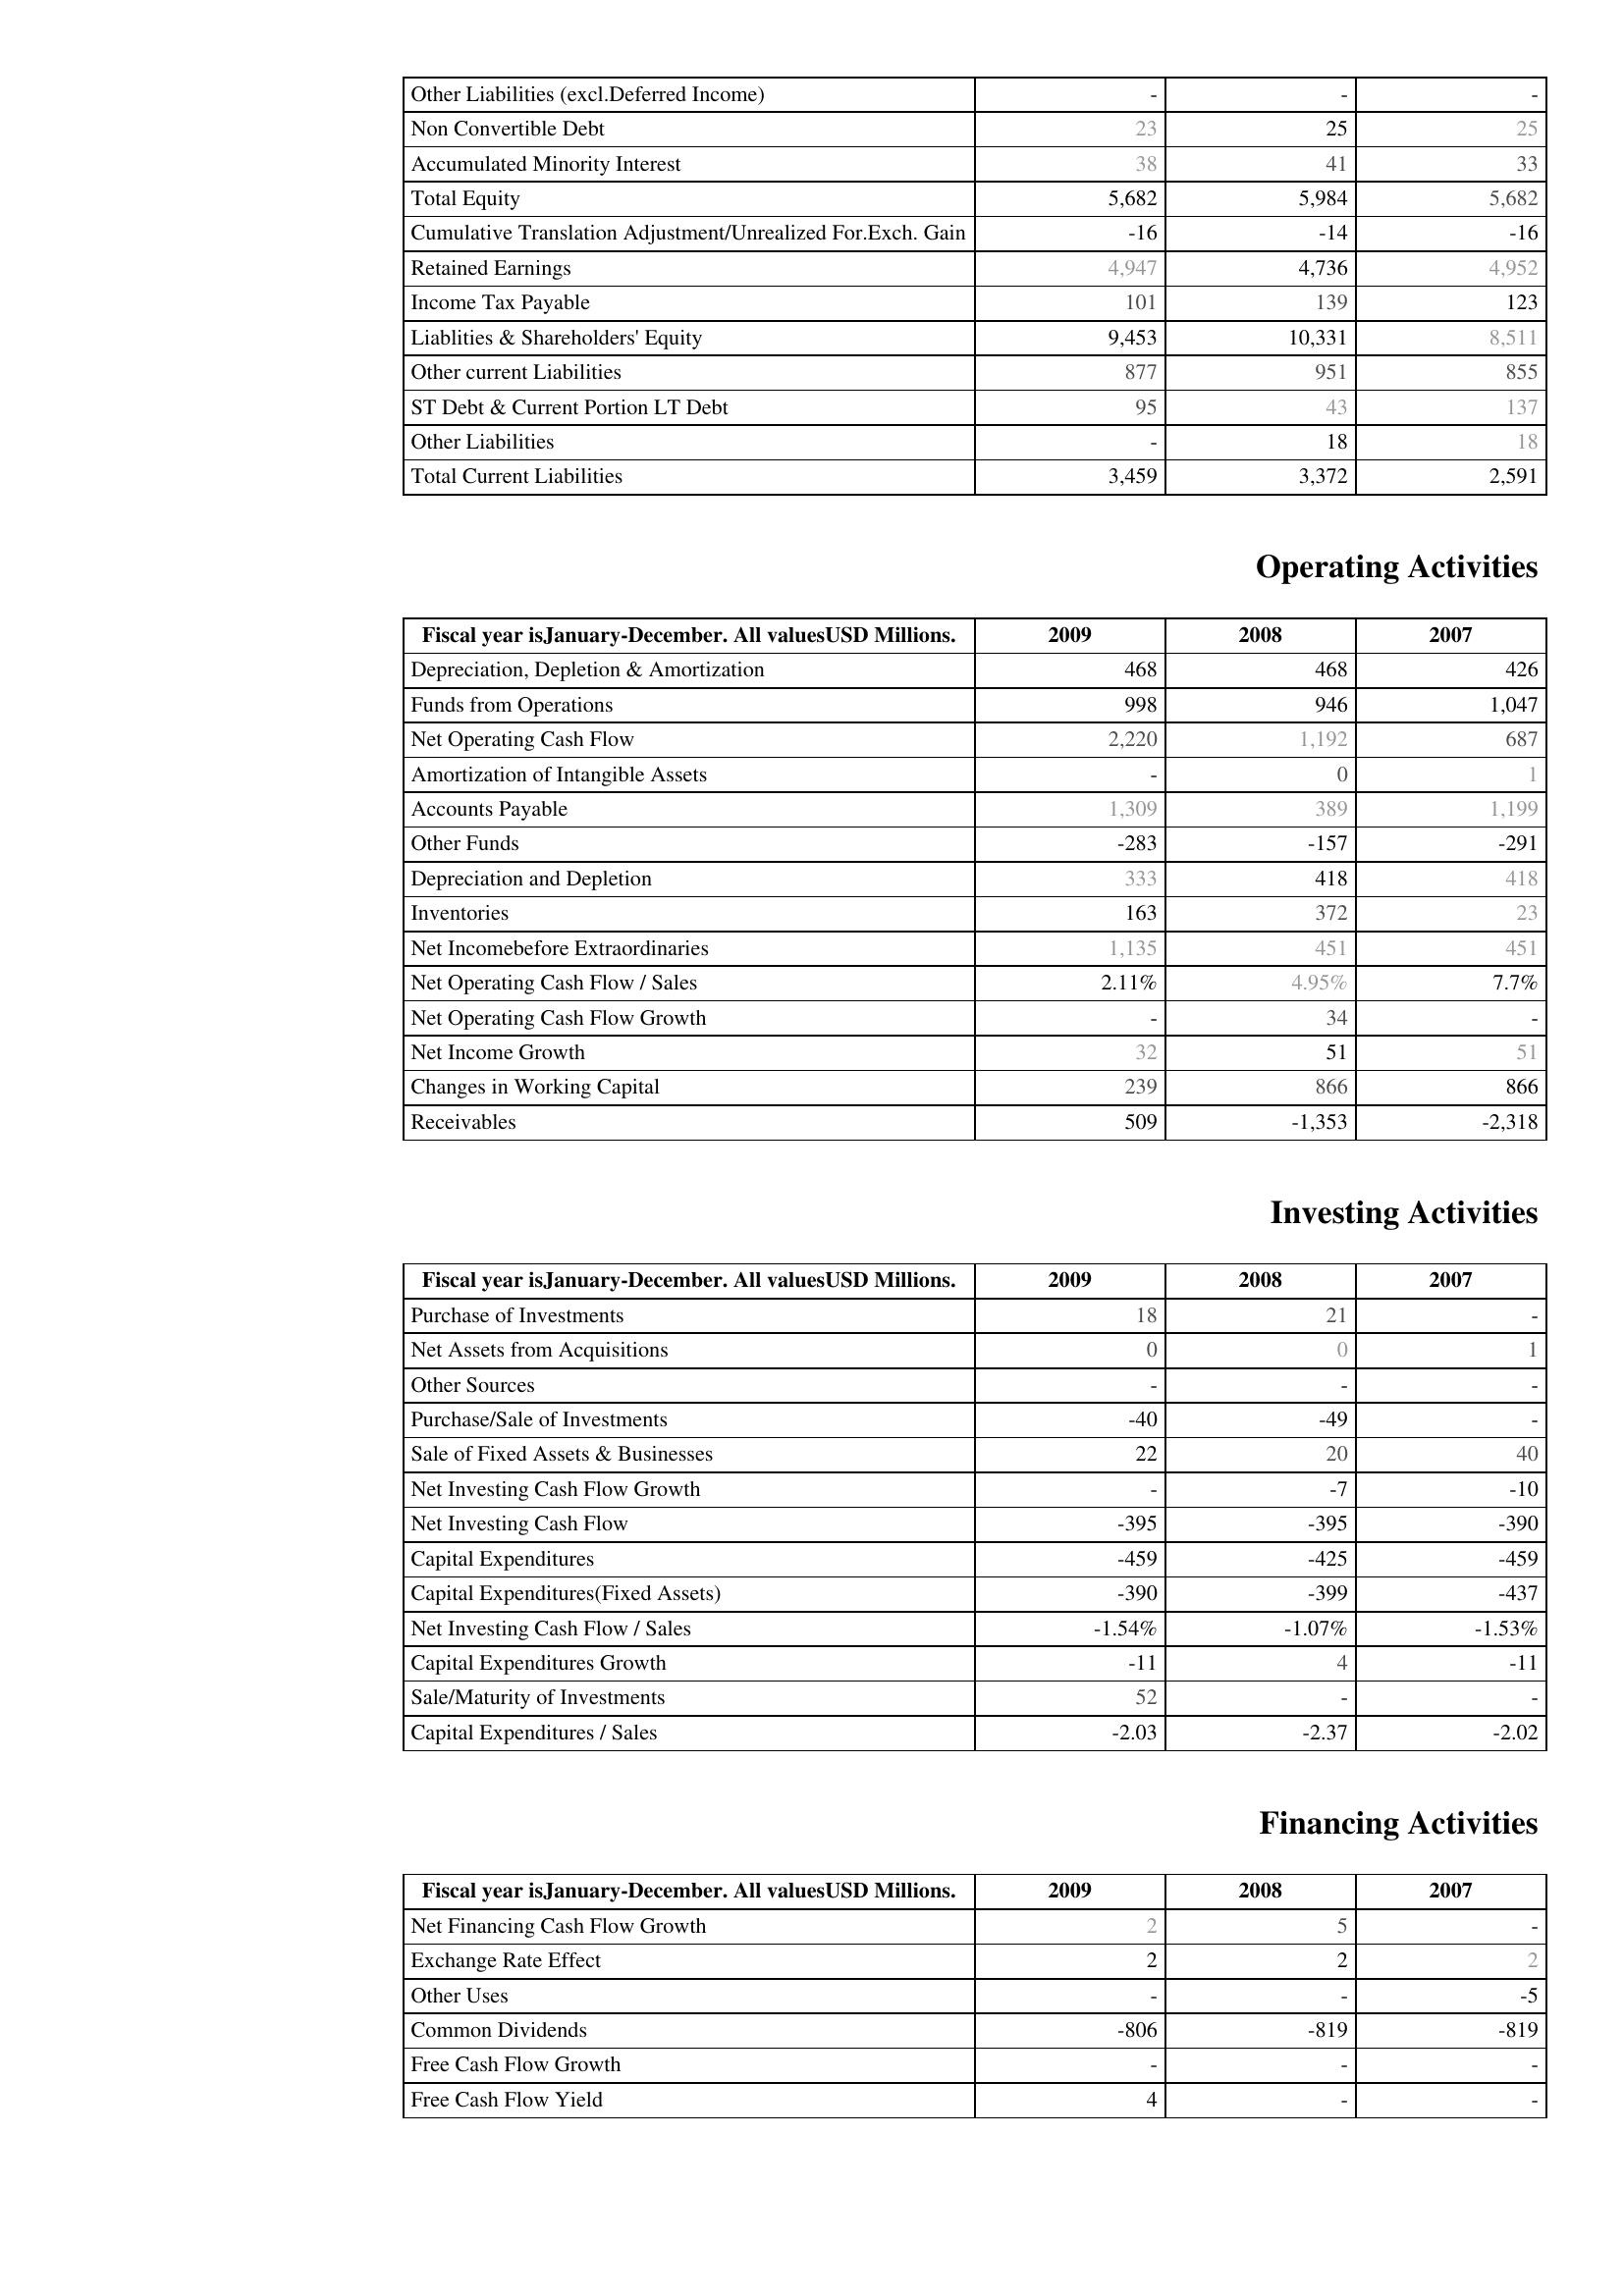
2009: Liabilities & Shareholder's Equity: Other Liabilities (excl.Deferred Income): -
Non Convertible Debt: 23
Accumulated Minority Interest: 38
Total Equity: 5,682
Cumulative Translation Adjustment/Unrealized For.Exch. Gain: -16
Retained Earnings: 4,947
Income Tax Payable: 101
Liablities & Shareholders' Equity: 9,453
Other current Liabilities: 877
ST Debt & Current Portion LT Debt: 95
Other Liabilities: -
Total Current Liabilities: 3,459
Operating Activities: Depreciation, Depletion & Amortization: 468
Funds from Operations: 998
Net Operating Cash Flow: 2,220
Amortization of Intangible Assets: -
Accounts Payable: 1,309
Other Funds: -283
Depreciation and Depletion: 333
Inventories: 163
Net Incomebefore Extraordinaries: 1,135
Net Operating Cash Flow / Sales: 2.11%
Net Operating Cash Flow Growth: -
Net Income Growth: 32
Changes in Working Capital: 239
Receivables: 509
Investing Activities: Purchase of Investments: 18
Net Assets from Acquisitions: 0
Other Sources: -
Purchase/Sale of Investments: -40
Sale of Fixed Assets & Businesses: 22
Net Investing Cash Flow Growth: -
Net Investing Cash Flow: -395
Capital Expenditures: -459
Capital Expenditures(Fixed Assets): -390
Net Investing Cash Flow / Sales: -1.54%
Capital Expenditures Growth: -11
Sale/Maturity of Investments: 52
Capital Expenditures / Sales: -2.03
Financing Activities: Net Financing Cash Flow Growth: 2
Exchange Rate Effect: 2
Other Uses: -
Common Dividends: -806
Free Cash Flow Growth: -
Free Cash Flow Yield: 4
2008: Liabilities & Shareholder's Equity: Other Liabilities (excl.Deferred Income): -
Non Convertible Debt: 25
Accumulated Minority Interest: 41
Total Equity: 5,984
Cumulative Translation Adjustment/Unrealized For.Exch. Gain: -14
Retained Earnings: 4,736
Income Tax Payable: 139
Liablities & Shareholders' Equity: 10,331
Other current Liabilities: 951
ST Debt & Current Portion LT Debt: 43
Other Liabilities: 18
Total Current Liabilities: 3,372
Operating Activities: Depreciation, Depletion & Amortization: 468
Funds from Operations: 946
Net Operating Cash Flow: 1,192
Amortization of Intangible Assets: 0
Accounts Payable: 389
Other Funds: -157
Depreciation and Depletion: 418
Inventories: 372
Net Incomebefore Extraordinaries: 451
Net Operating Cash Flow / Sales: 4.95%
Net Operating Cash Flow Growth: 34
Net Income Growth: 51
Changes in Working Capital: 866
Receivables: -1,353
Investing Activities: Purchase of Investments: 21
Net Assets from Acquisitions: 0
Other Sources: -
Purchase/Sale of Investments: -49
Sale of Fixed Assets & Businesses: 20
Net Investing Cash Flow Growth: -7
Net Investing Cash Flow: -395
Capital Expenditures: -425
Capital Expenditures(Fixed Assets): -399
Net Investing Cash Flow / Sales: -1.07%
Capital Expenditures Growth: 4
Sale/Maturity of Investments: -
Capital Expenditures / Sales: -2.37
Financing Activities: Net Financing Cash Flow Growth: 5
Exchange Rate Effect: 2
Other Uses: -
Common Dividends: -819
Free Cash Flow Growth: -
Free Cash Flow Yield: -
2007: Liabilities & Shareholder's Equity: Other Liabilities (excl.Deferred Income): -
Non Convertible Debt: 25
Accumulated Minority Interest: 33
Total Equity: 5,682
Cumulative Translation Adjustment/Unrealized For.Exch. Gain: -16
Retained Earnings: 4,952
Income Tax Payable: 123
Liablities & Shareholders' Equity: 8,511
Other current Liabilities: 855
ST Debt & Current Portion LT Debt: 137
Other Liabilities: 18
Total Current Liabilities: 2,591
Operating Activities: Depreciation, Depletion & Amortization: 426
Funds from Operations: 1,047
Net Operating Cash Flow: 687
Amortization of Intangible Assets: 1
Accounts Payable: 1,199
Other Funds: -291
Depreciation and Depletion: 418
Inventories: 23
Net Incomebefore Extraordinaries: 451
Net Operating Cash Flow / Sales: 7.7%
Net Operating Cash Flow Growth: -
Net Income Growth: 51
Changes in Working Capital: 866
Receivables: -2,318
Investing Activities: Purchase of Investments: -
Net Assets from Acquisitions: 1
Other Sources: -
Purchase/Sale of Investments: -
Sale of Fixed Assets & Businesses: 40
Net Investing Cash Flow Growth: -10
Net Investing Cash Flow: -390
Capital Expenditures: -459
Capital Expenditures(Fixed Assets): -437
Net Investing Cash Flow / Sales: -1.53%
Capital Expenditures Growth: -11
Sale/Maturity of Investments: -
Capital Expenditures / Sales: -2.02
Financing Activities: Net Financing Cash Flow Growth: -
Exchange Rate Effect: 2
Other Uses: -5
Common Dividends: -819
Free Cash Flow Growth: -
Free Cash Flow Yield: -